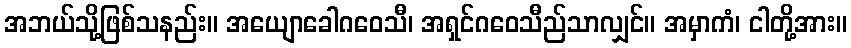
အဘယ်သို့ဖြစ်သနည်း။ အယျောခေါဂဝေသီ၊ အရှင်ဂဝေသီည်သာလျှင်။ အမှာကံ၊ ငါတို့အား။